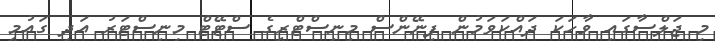
މި ޖަލްސާގައި ވާހަކަ ދައްކަވަމުން ފިނޭންސް މިނިސްޓްރީގެ ސްޓޭޓް މިނިސްޓަރު އަދި ގައުމީ